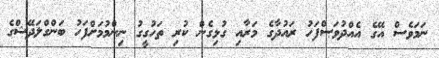
ނަމަވެސް އޭގެ އެއްދުވަސްފަހު ރައުދާގެ މަރާއި ގުޅިގެން ކުރި ތަހުގީގު ނިންމުމަށްފަހު ބަންގްލަދޭޝްގެ